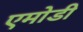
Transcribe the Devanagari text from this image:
एमोडी